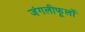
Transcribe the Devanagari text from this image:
जंगलीफूलों